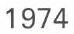
1974